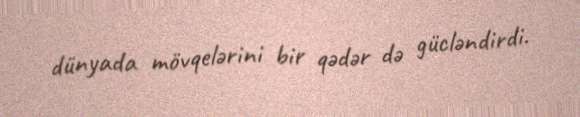
dünyada mövqelərini bir qədər də gücləndirdi.